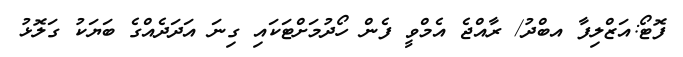
ފޮޓޯ:އަޒްލިފާ އބްދު/ ރާއްޖެ އެމްވީ ފެން ހޯދުމަށްޓަކައި ގިނަ އަދަދެއްގެ ބަޔަކު ގަލޮޅު